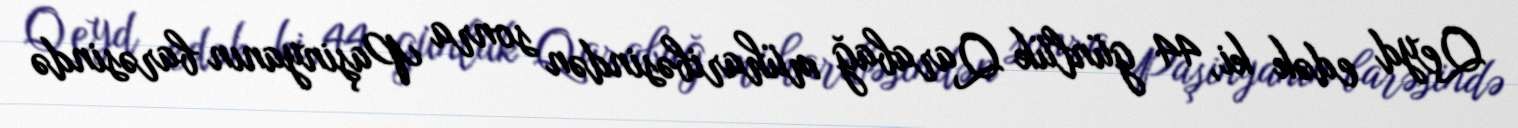
Qeyd edək ki, 44 günlük Qarabağ müharibəsindən sonra Paşinyanın barəsində